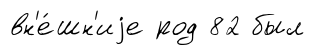
вн'е́шн'иjе род 82 был